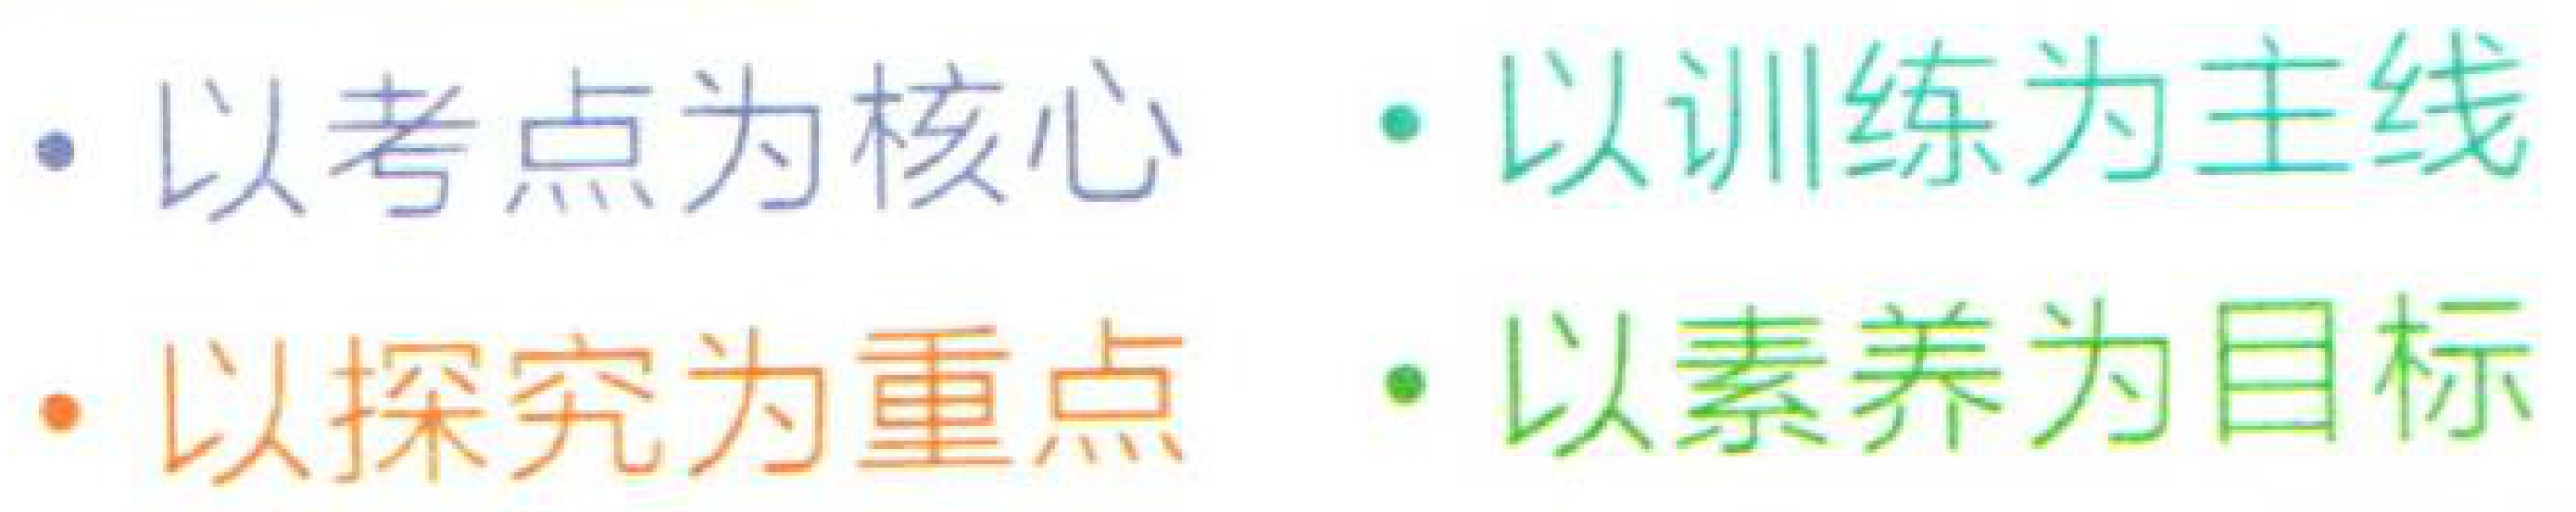
- 以考点为核心  · 以训练为主线

- 以探究为重点  · 以素养为目标